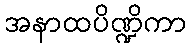
အနာထပိဏ္ဍိကာ